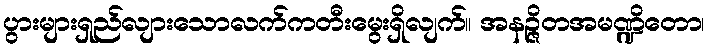
ပွားများရှည်လျားသောလက်ကတီးမွေးရှိလျက်။ အနဉ္ဇိတအမဏ္ဍိတော၊